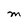
Character: M